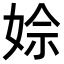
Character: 𡝙